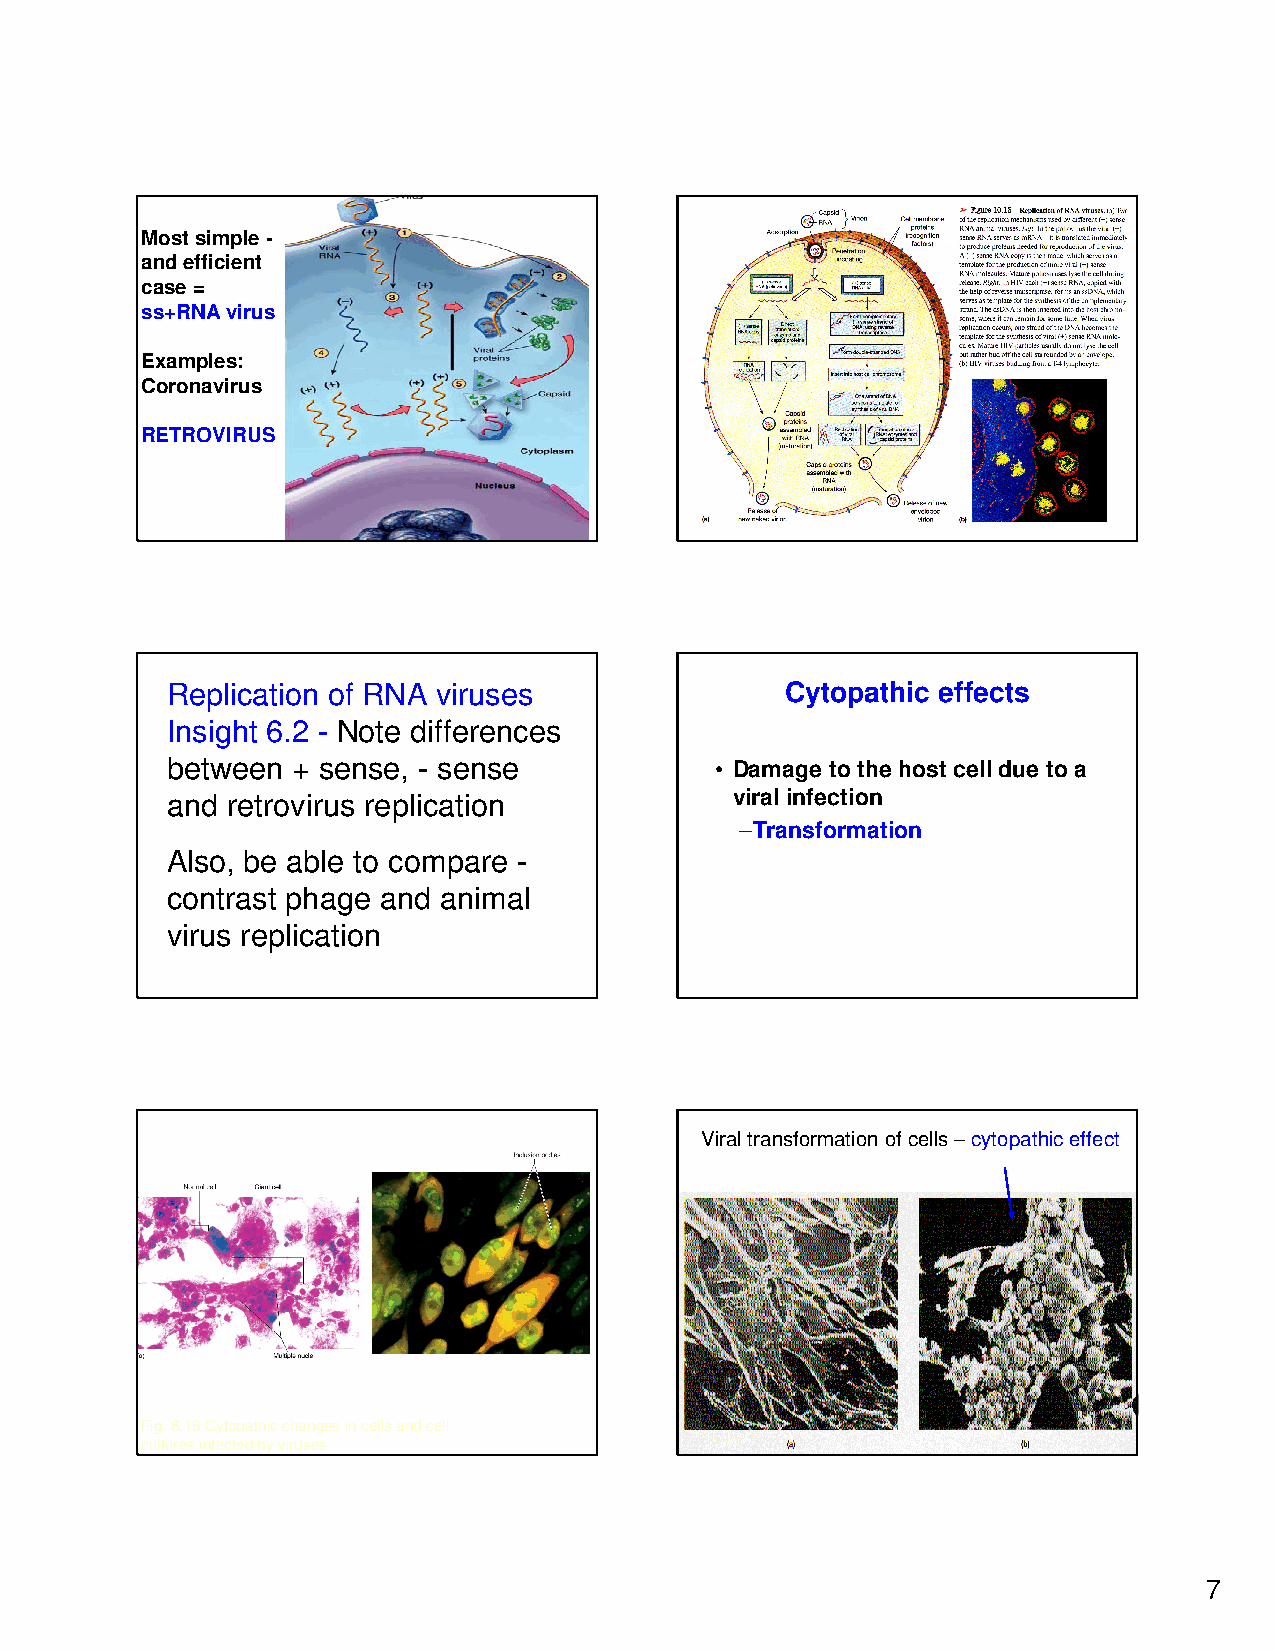
Most simple -
 Fig. i6.2b
 and efficient
 case =
 ss+RNAvirus
 Examples:
 Coronavirus
 RETROVIRUS
 Replication of RNA viruses               Cytopathic effects
 Insight 6.2 - Note differences
 between + sense, - sense            • Damage to the host cell due to a
 and retrovirus replication            viral infection
 –Transformation
 Also, be able to compare -
 contrast phage and animal
 virus replication
 Viral transformation of cells –cytopathiceffect
 Fig. 6.16 Cytopathic changes in cells and cell
 cultures infected by viruses
 7